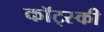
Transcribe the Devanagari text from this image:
कॉट्स्की